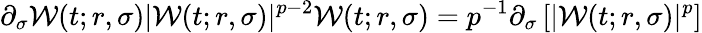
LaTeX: \partial_{\sigma}\mathcal{W}(t;r,\sigma)|\mathcal{W}(t;r,\sigma)|^{p-2}\mathcal{W}(t;r,\sigma)=p^{-1}\partial_{\sigma}\left[|\mathcal{W}(t;r,\sigma)|^{p}\right]